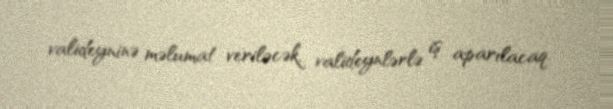
valideyninə məlumat veriləcək, valideynlərlə iş aparılacaq.